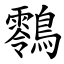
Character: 䴇